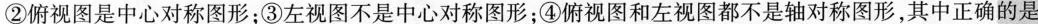
②俯视图是中心对称图形；③左视图不是中心对称图形；④俯视图和左视图都不是轴对称图形，其中正确的是